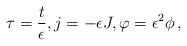
LaTeX: \begin{align*} \tau=\frac{t}{\epsilon}, j=-\epsilon J,\varphi=\epsilon^2\phi\,,\end{align*}